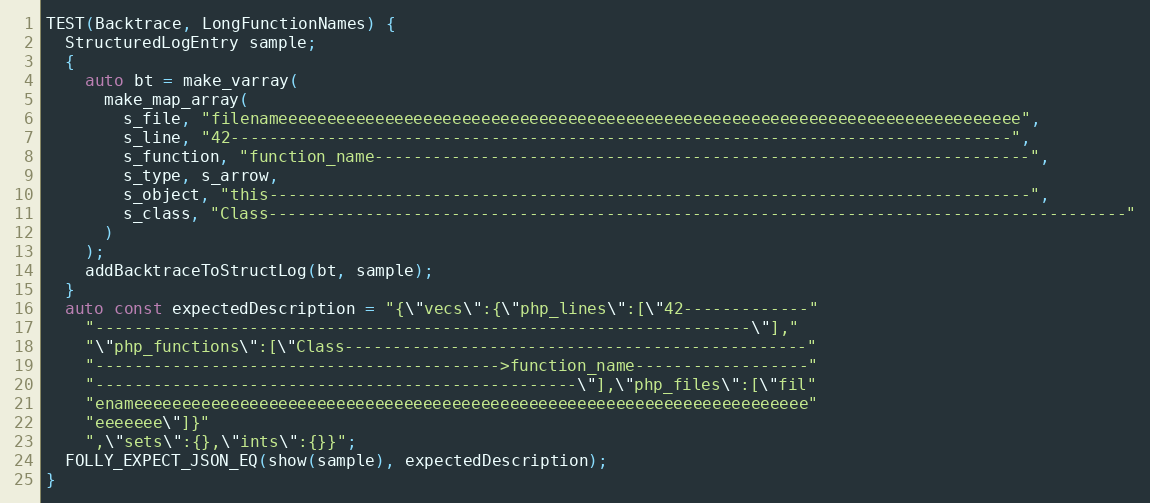
Language: C++
TEST(Backtrace, LongFunctionNames) {
  StructuredLogEntry sample;
  {
    auto bt = make_varray(
      make_map_array(
        s_file, "filenameeeeeeeeeeeeeeeeeeeeeeeeeeeeeeeeeeeeeeeeeeeeeeeeeeeeeeeeeeeeeeeeeeeeeeeeeeeee",
        s_line, "42---------------------------------------------------------------------------------",
        s_function, "function_name--------------------------------------------------------------------",
        s_type, s_arrow,
        s_object, "this-------------------------------------------------------------------------------",
        s_class, "Class-----------------------------------------------------------------------------------------"
      )
    );
    addBacktraceToStructLog(bt, sample);
  }
  auto const expectedDescription = "{\"vecs\":{\"php_lines\":[\"42-------------"
    "--------------------------------------------------------------------\"],"
    "\"php_functions\":[\"Class------------------------------------------------"
    "------------------------------------------>function_name------------------"
    "--------------------------------------------------\"],\"php_files\":[\"fil"
    "enameeeeeeeeeeeeeeeeeeeeeeeeeeeeeeeeeeeeeeeeeeeeeeeeeeeeeeeeeeeeeeeeeeeeee"
    "eeeeeee\"]}"
    ",\"sets\":{},\"ints\":{}}";
  FOLLY_EXPECT_JSON_EQ(show(sample), expectedDescription);
}